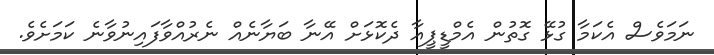
ނަމަވެސް އެކަމާ ގުޅޭ ގޮތުން އެމްޑީޕީއާ ދެކޮޅަށް އޭނާ ބަޔާނެއް ނެރުއްވާފައިނުވާނެ ކަމަށެވެ.